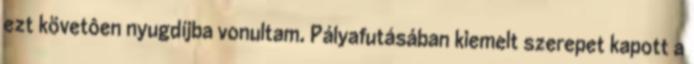
ezt követôen nyugdíjba vonultam. Pályafutásában kiemelt szerepet kapott a